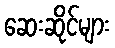
ဆေးဆိုင်များ